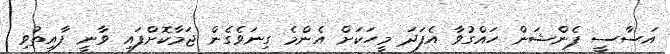
އަސާސީ ޕެންޝަން ހައްގުވާ އެފަދަ މީހަކަށް އެންމެ ގިނަވެގެން ޖަމާކޮށްފައި ވާނީ ފާއިތުވި